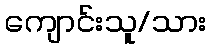
ကျောင်းသူ/သား